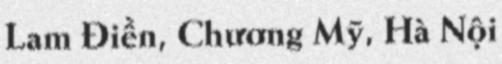
Lam Điền, Chương Mỹ, Hà Nội